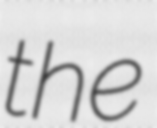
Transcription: the